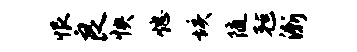
恨良怏熄垓随毡渐